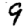
Digit: 9